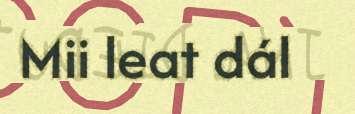
Mii leat dál